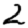
Digit: 2